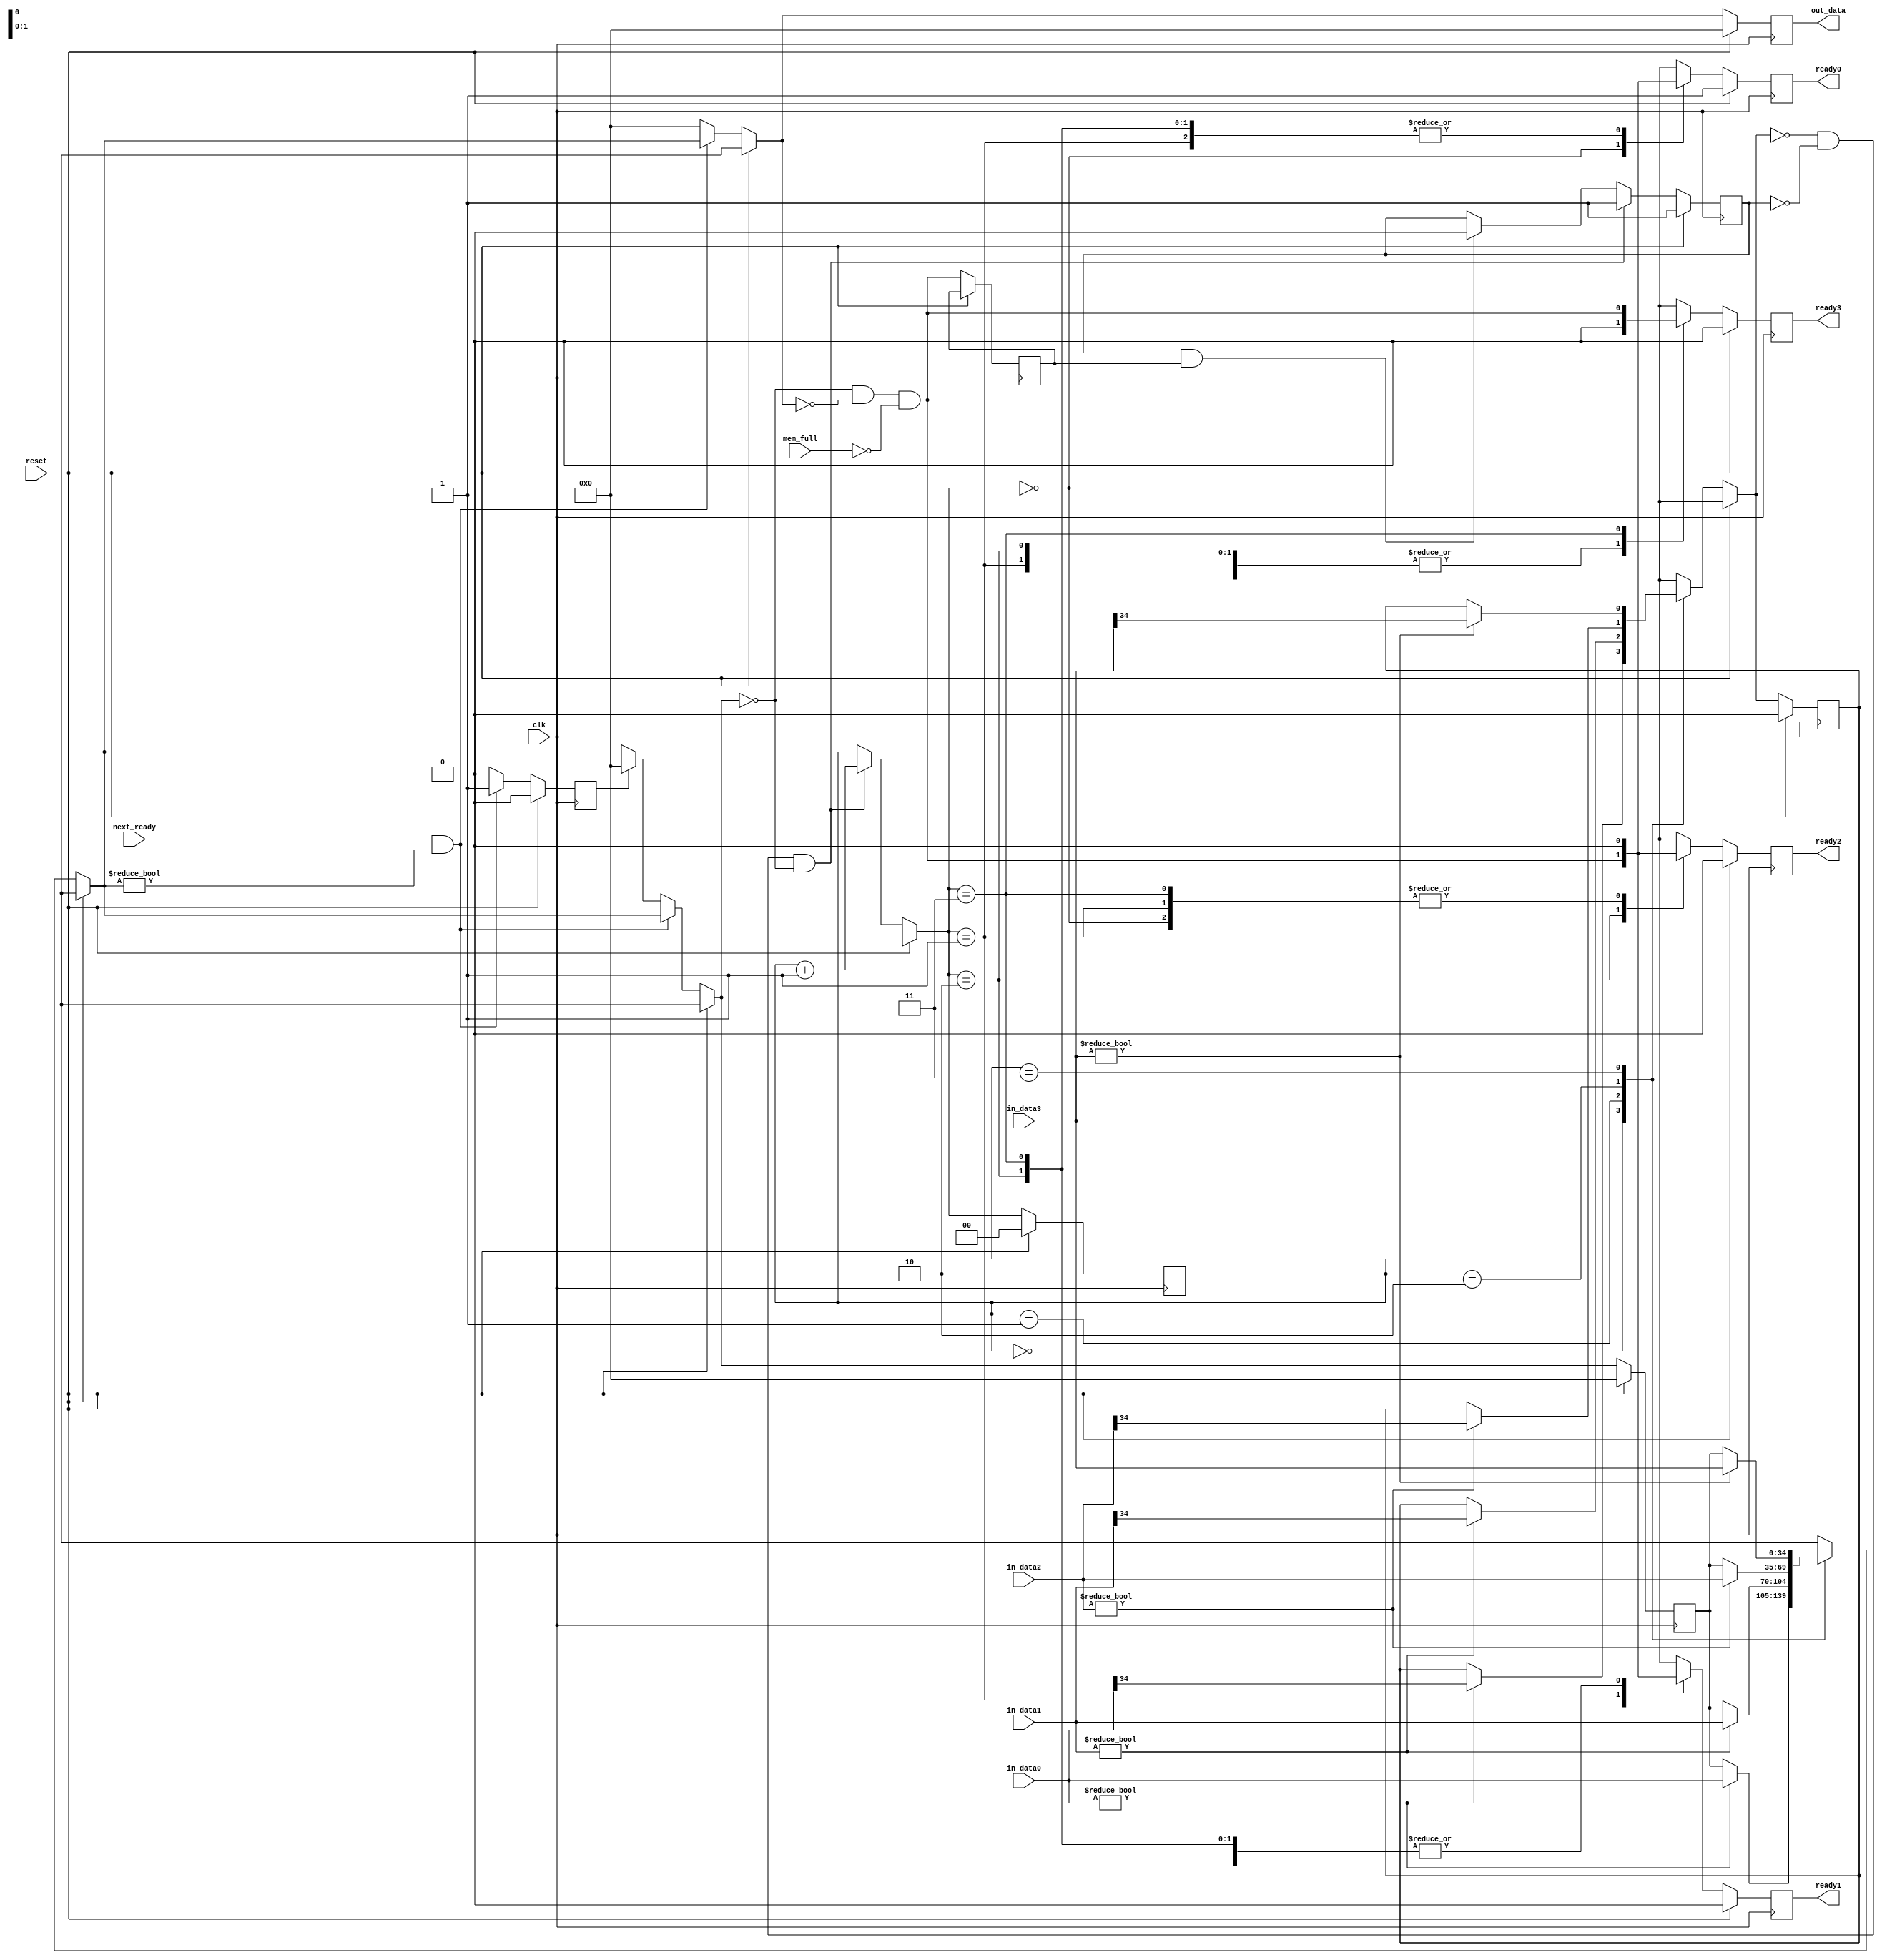
`timescale 1ns / 1ps 
`default_nettype none 

module BufferMux (
	clk,
	reset,
	next_ready,
	mem_full,
	in_data0,
	ready0,
	in_data1,
	ready1,
	in_data2,
	ready2,
	in_data3,
	ready3,
	out_data
);

// Declare input ports

	input 	clk,
		reset,
		next_ready,
		mem_full;
	input	[34:0] 	in_data0,
			in_data1,
			in_data2,
			in_data3;
		
// Declare output ports

	output reg	ready0,
			ready1,
			ready2,
			ready3;
	output reg [34:0] out_data; 	// Output data
	
// Declare Middle Ports

	reg 	middle_next_ready,
		middle_mem_full,
		multiwidth,
		middle_reset,
		data_sent,
		ready_wait,
		ready_logic;
	reg 	[1:0] selector;
	reg 	[34:0] 	middle_in_data0,
			middle_in_data1,
			middle_in_data2,
			middle_in_data3,
			muxed_data;

//Always Blocks

	always @(posedge clk)
	begin
		middle_in_data0 = in_data0;
		middle_in_data1 = in_data1;
		middle_in_data2 = in_data2;
		middle_in_data3 = in_data3;
		middle_next_ready = next_ready;
		middle_mem_full = mem_full;
		middle_reset = reset;
		#1
		if (middle_reset == 1)
		begin
			out_data = 35'b0;
			ready0 = 1;
			ready1 = 0;
			ready2 = 0;
			ready3 = 0;
			selector = 2'b00;
			middle_in_data0 = 35'b0;
			middle_in_data1 = 35'b0;
			middle_in_data2 = 35'b0;
			middle_in_data3 = 35'b0;
			muxed_data = 35'b0;
			middle_next_ready = 0;
			middle_mem_full = 0;
			data_sent = 1'b0;
			multiwidth = 1'b0;
			ready_wait = 1'b1;
		end
		else
		begin
			case (selector)
				2'b00	: 
				begin
					if (middle_in_data0 != 35'b0)
					begin
						muxed_data = middle_in_data0;
						multiwidth = middle_in_data0[34];
					end
				end
				2'b01	: 
				begin
					if (middle_in_data1 != 35'b0)
					begin
						muxed_data = middle_in_data1;
						multiwidth = middle_in_data1[34];
					end
				end
				2'b10	: 
				begin
					if (middle_in_data2 != 35'b0)
					begin
						muxed_data = middle_in_data2;
						multiwidth = middle_in_data2[34];
					end
				end
				2'b11	: 
				begin
					if (middle_in_data3 != 35'b0)
					begin
						muxed_data = middle_in_data3;
						multiwidth = middle_in_data3[34];
					end
				end
				default	: out_data = 35'b0;
			endcase

			if (middle_next_ready == 1 && muxed_data != 0)
			begin
				out_data = muxed_data;
				data_sent = 1;
			end
			else
			begin
				out_data = 0;
				if (data_sent == 1)
				begin
					muxed_data = 0;
					data_sent = 0;
				end
			end


			if (multiwidth == 0 && ready_wait == 0 && muxed_data == 0)
			begin
				selector = selector + 1;
				ready_wait = 1;
			end
			else if (ready_wait == 1 && ready_logic == 1)
			begin
				ready_wait = 0;
			end

			ready_logic = (muxed_data == 0) && (out_data == 0) && (middle_mem_full == 0);

			case (selector)
				2'b00	:
					begin
						ready0 = ready_logic;
						ready1 = 0;
						ready2 = 0;
						ready3 = 0;
					end
				2'b01	:
					begin
						ready0 = 0;
						ready1 = ready_logic;
						ready2 = 0;
						ready3 = 0;
					end
				2'b10	:
					begin
						ready0 = 0;
						ready1 = 0;
						ready2 = ready_logic;
						ready3 = 0;
					end
				2'b11	:
					begin
						ready0 = 0;
						ready1 = 0;
						ready2 = 0;
						ready3 = ready_logic;
					end
			endcase
		end
	end

endmodule